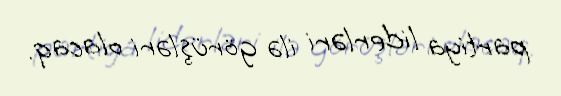
partiya liderləri ilə görüşləri olacaq.